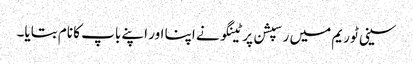
سینی ٹوریم میں رسپشن پر ٹینگو نے اپنا اور اپنے باپ کا نام بتایا۔